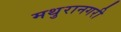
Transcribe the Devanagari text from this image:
मथुरानगरी